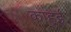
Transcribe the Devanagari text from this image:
काहुई